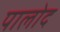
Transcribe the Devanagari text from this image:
पालोद